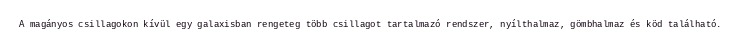
A magányos csillagokon kívül egy galaxisban rengeteg több csillagot tartalmazó rendszer, nyílthalmaz, gömbhalmaz és köd található.